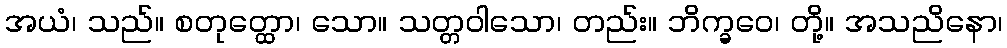
အယံ၊ သည်။ စတုတ္ထော၊ သော။ သတ္တဝါသော၊ တည်း။ ဘိက္ခဝေ၊ တို့။ အသညိနော၊